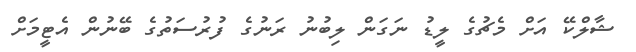
ޝާލްކޭ އަށް މެޗުގެ ލީޑު ނަގަން ލިބުނު ރަނުގެ ފުރުސަތުގެ ބޭނުން އެޓީމަށް